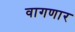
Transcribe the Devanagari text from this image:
वागणार